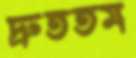
দ্রুততম